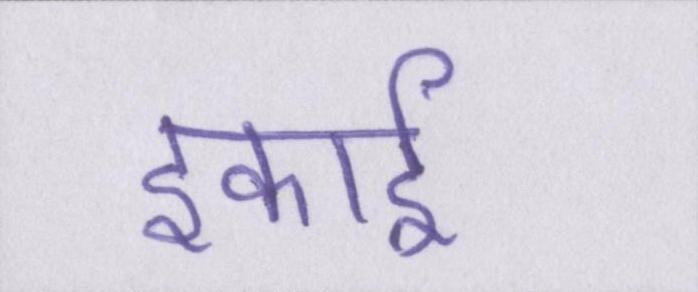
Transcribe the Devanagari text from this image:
इकाई